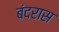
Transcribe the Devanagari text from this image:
बंदरास